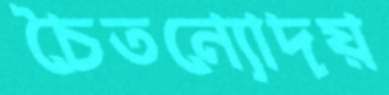
চৈতন্যোদয়